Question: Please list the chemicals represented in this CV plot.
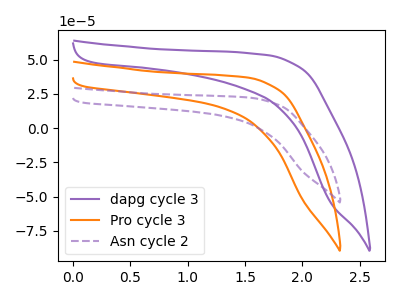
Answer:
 <answer>The purple curve is labeled "dapg cycle 3". The orange curve is labeled "Pro cycle 3". The purple dashed curve is labeled "Asn cycle 2".</answer>
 <eval></eval>